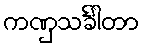
ကဏှသင်္ခါတာ